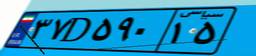
۷۷D۰۱۱۷۰